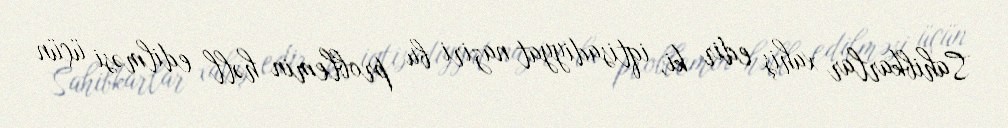
Sahibkarlar xahiş edir ki, iqtisadiyyat naziri bu problemin həll edilməsi üçün